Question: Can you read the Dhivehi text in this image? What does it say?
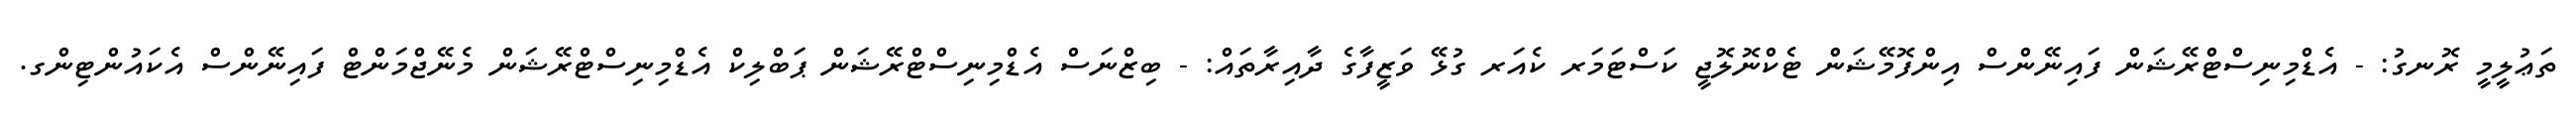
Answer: ތަޢުލީމީ ރޮނގު: - އެޑްމިނިސްޓްރޭޝަން ފައިނޭންސް އިންފޮމޭޝަން ޓެކްނޮލޮޖީ ކަސްޓަމަރ ކެއަރ ގުޅޭ ވަޒީފާގެ ދާއިރާތައް: - ބިޒްނަސް އެޑްމިނިސްޓްރޭޝަން ޕަބްލިކް އެޑްމިނިސްޓްރޭޝަން މެނޭޖްމަންޓް ފައިނޭންސް އެކައުންޓިންގ.